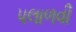
પલાળવી